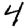
Digit: 4